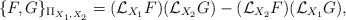
LaTeX: \begin{align*}\{F,G\}_{\Pi_{X_1,X_2}}=(\mathcal{L}_{X_1}F)(\mathcal{L}_{X_2}G) - (\mathcal{L}_{X_2}F)(\mathcal{L}_{X_1}G),\end{align*}